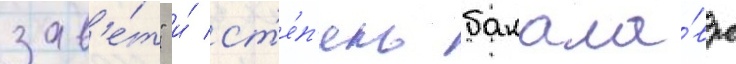
зав'е́т" и́ ст'е́п'ень бакала́вра